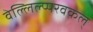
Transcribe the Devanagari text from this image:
वेल्लिल्प्परवकल्